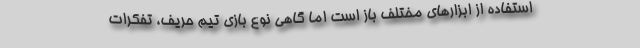
استفاده از ابزارهای مختلف باز است اما گاهی نوع بازی تیم حریف، تفکرات